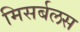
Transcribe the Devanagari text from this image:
मिसर्बलस